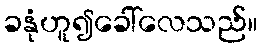
ခနုံဟူ၍ခေါ်လေသည်။